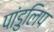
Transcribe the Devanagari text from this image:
पांडुलिप